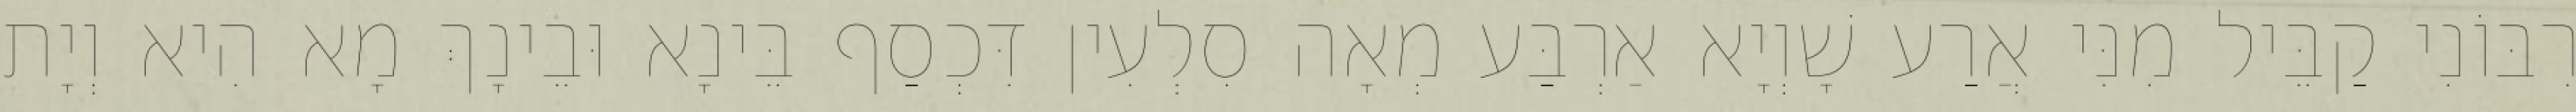
רִבּוֹנִי קַבֵּיל מִנִּי אֲרַע שָׁוְיָא אַרְבַּע מְאָה סִלְעִין דִּכְסַף בֵּינָא וּבֵינָךְ מָא הִיא וְיָת